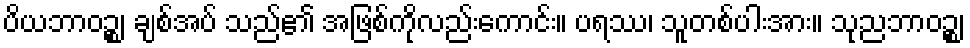
ပိယဘာဝဉ္စ၊ ချစ်အပ် သည်၏ အဖြစ်ကိုလည်းကောင်း။ ပရဿ၊ သူတစ်ပါးအား။ သုညဘာဝဉ္စ၊